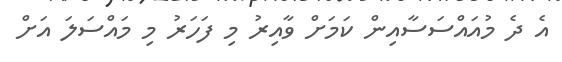
އެ ދެ މުއައްސަސާއިން ކަމަށް ވާއިރު މި ފަހަރު މި މައްސަލަ އަށް